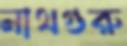
নাথগুরু